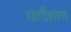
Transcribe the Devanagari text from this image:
गार्गीशरण